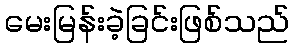
မေးမြန်းခဲ့ခြင်းဖြစ်သည်